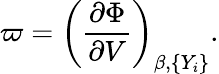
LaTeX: \varpi=\left(\frac{\partial\Phi}{\partial V}\right)_{\beta,\{ Y_{i}\} }.